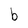
Character: b